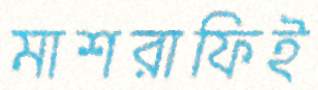
মাশরাফিই